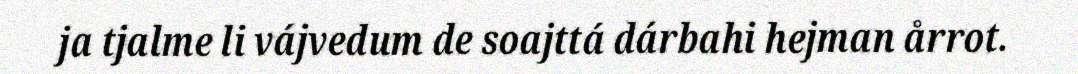
ja tjalme li vájvedum de soajttá dárbahi hejman årrot.